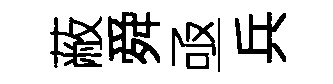
蔽舜亟兵